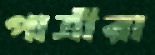
পাত্রীরা